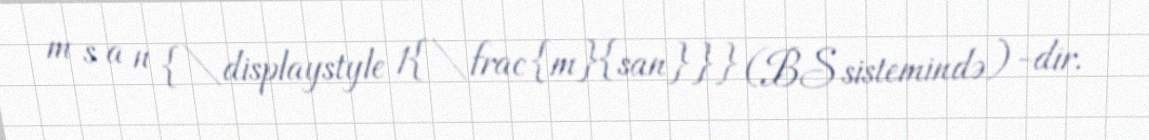
m s a n {\displaystyle 1{\frac {m}{san}}} (BS sistemində) -dir.